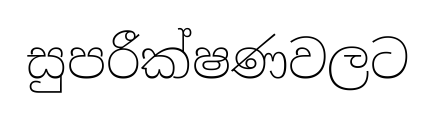
සුපරීක්ෂණවලට